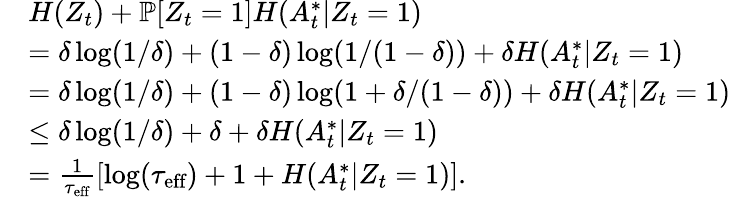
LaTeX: \begin{array}{rl}&{H(Z_{t})+\mathbb{P}[Z_{t}=1]H(A_{t}^{*}|Z_{t}=1)}\\ &{=\delta\log(1/\delta)+(1-\delta)\log(1/(1-\delta))+\delta H(A_{t}^{*}|Z_{t}=1)}\\ &{=\delta\log(1/\delta)+(1-\delta)\log(1+\delta/(1-\delta))+\delta H(A_{t}^{*}|Z_{t}=1)}\\ &{\leq\delta\log(1/\delta)+\delta+\delta H(A_{t}^{*}|Z_{t}=1)}\\ &{=\frac{1}{\tau_{\textup{eff}}}\left[\log(\tau_{\textup{eff}})+1+H(A_{t}^{*}|Z_{t}=1)\right].}\end{array}